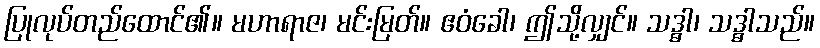
ပြုလုပ်တည်ထောင်၏။ မဟာရာဇ၊ မင်းမြတ်။ ဧဝံခေါ၊ ဤသို့လျှင်။ သဒ္ဓါ၊ သဒ္ဓါသည်။